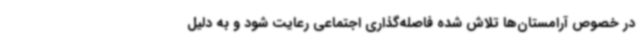
در خصوص آرامستان‌ها تلاش شده فاصله‌گذاری اجتماعی رعایت شود و به دلیل